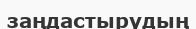
заңдастырудың